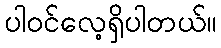
ပါဝင်လေ့ရှိပါတယ်။